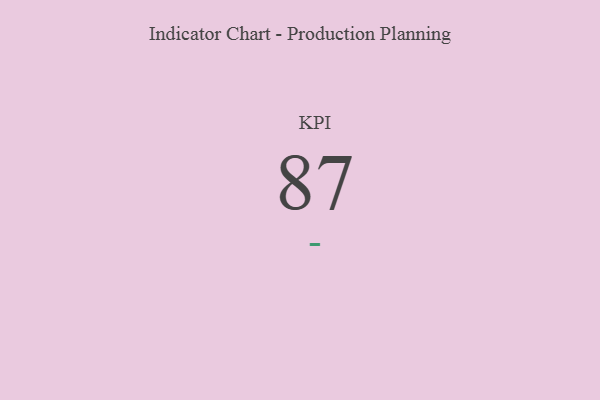
{"axis": {"x": "KPI", "y": "Value"}, "legend": [""], "data": [{"x": "KPI", "y": 87, "type": ""}]}